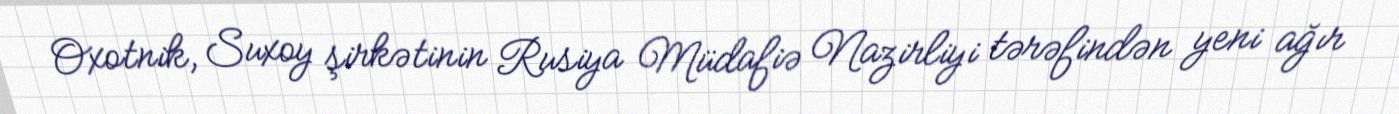
Oxotnik, Suxoy şirkətinin Rusiya Müdafiə Nazirliyi tərəfindən yeni ağır